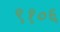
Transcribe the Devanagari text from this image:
९१०६